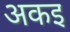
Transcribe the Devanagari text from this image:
अकइ